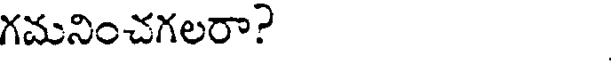
గమనించగలరా?